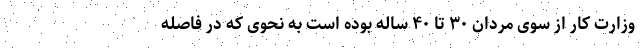
وزارت کار از سوی مردان ۳۰ تا ۴۰ ساله بوده است به نحوی که در فاصله